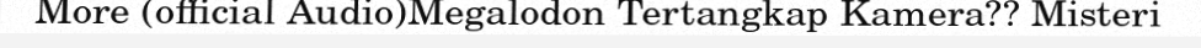
More (official Audio)Megalodon Tertangkap Kamera?? Misteri